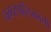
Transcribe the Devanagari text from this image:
नगरपालिकांची